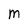
Character: M